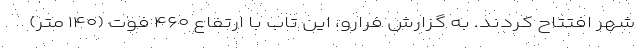
شهر افتتاح کردند. به گزارش فرارو، این تاب با ارتفاع ۴۶۰ فوت (۱۴۰ متر)